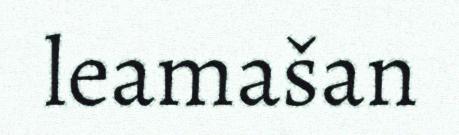
leamašan